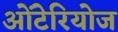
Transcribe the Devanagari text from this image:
ओंटेरियोज